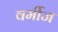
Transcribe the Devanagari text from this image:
वर्मीज